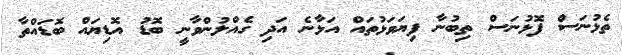
ތެޅުނަސް ފޮޅުނަސް ތިބުނާ ފިޔަވަޅުތައް އަޅާނެ އަދި ގެއްލުންވާނީ ބޮޑު އޮޑިޔައް ބޮޑައްތާ